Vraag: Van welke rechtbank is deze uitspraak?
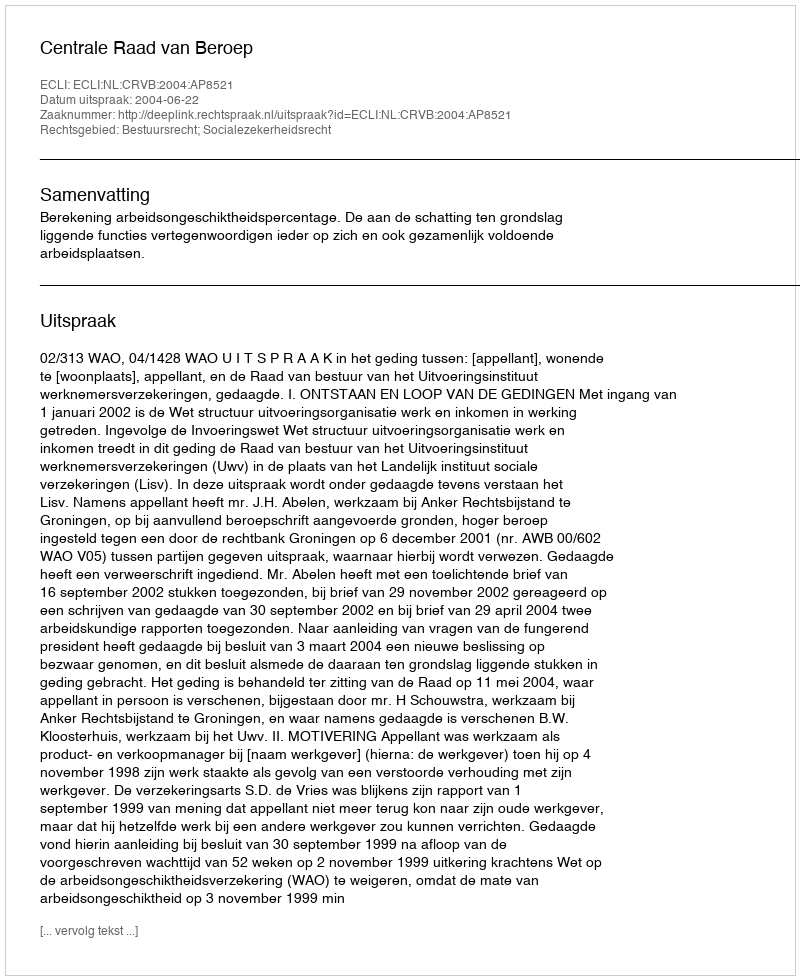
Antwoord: Centrale Raad van Beroep